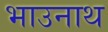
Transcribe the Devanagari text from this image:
भाउनाथ